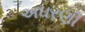
અઘરણી